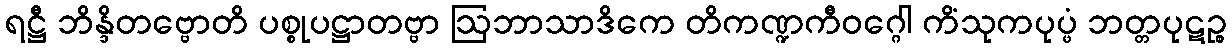
ရဋ္ဌီ ဘိန္ဒိတဗ္ဗောတိ ပစ္စုပဋ္ဌာတဗ္ဗာ ဩဘာသာဒိကေ တိကဏ္ဍကီဝဂ္ဂေါ ကိံသုကပုပ္ဖံ ဘတ္တပုဋဉ္စ